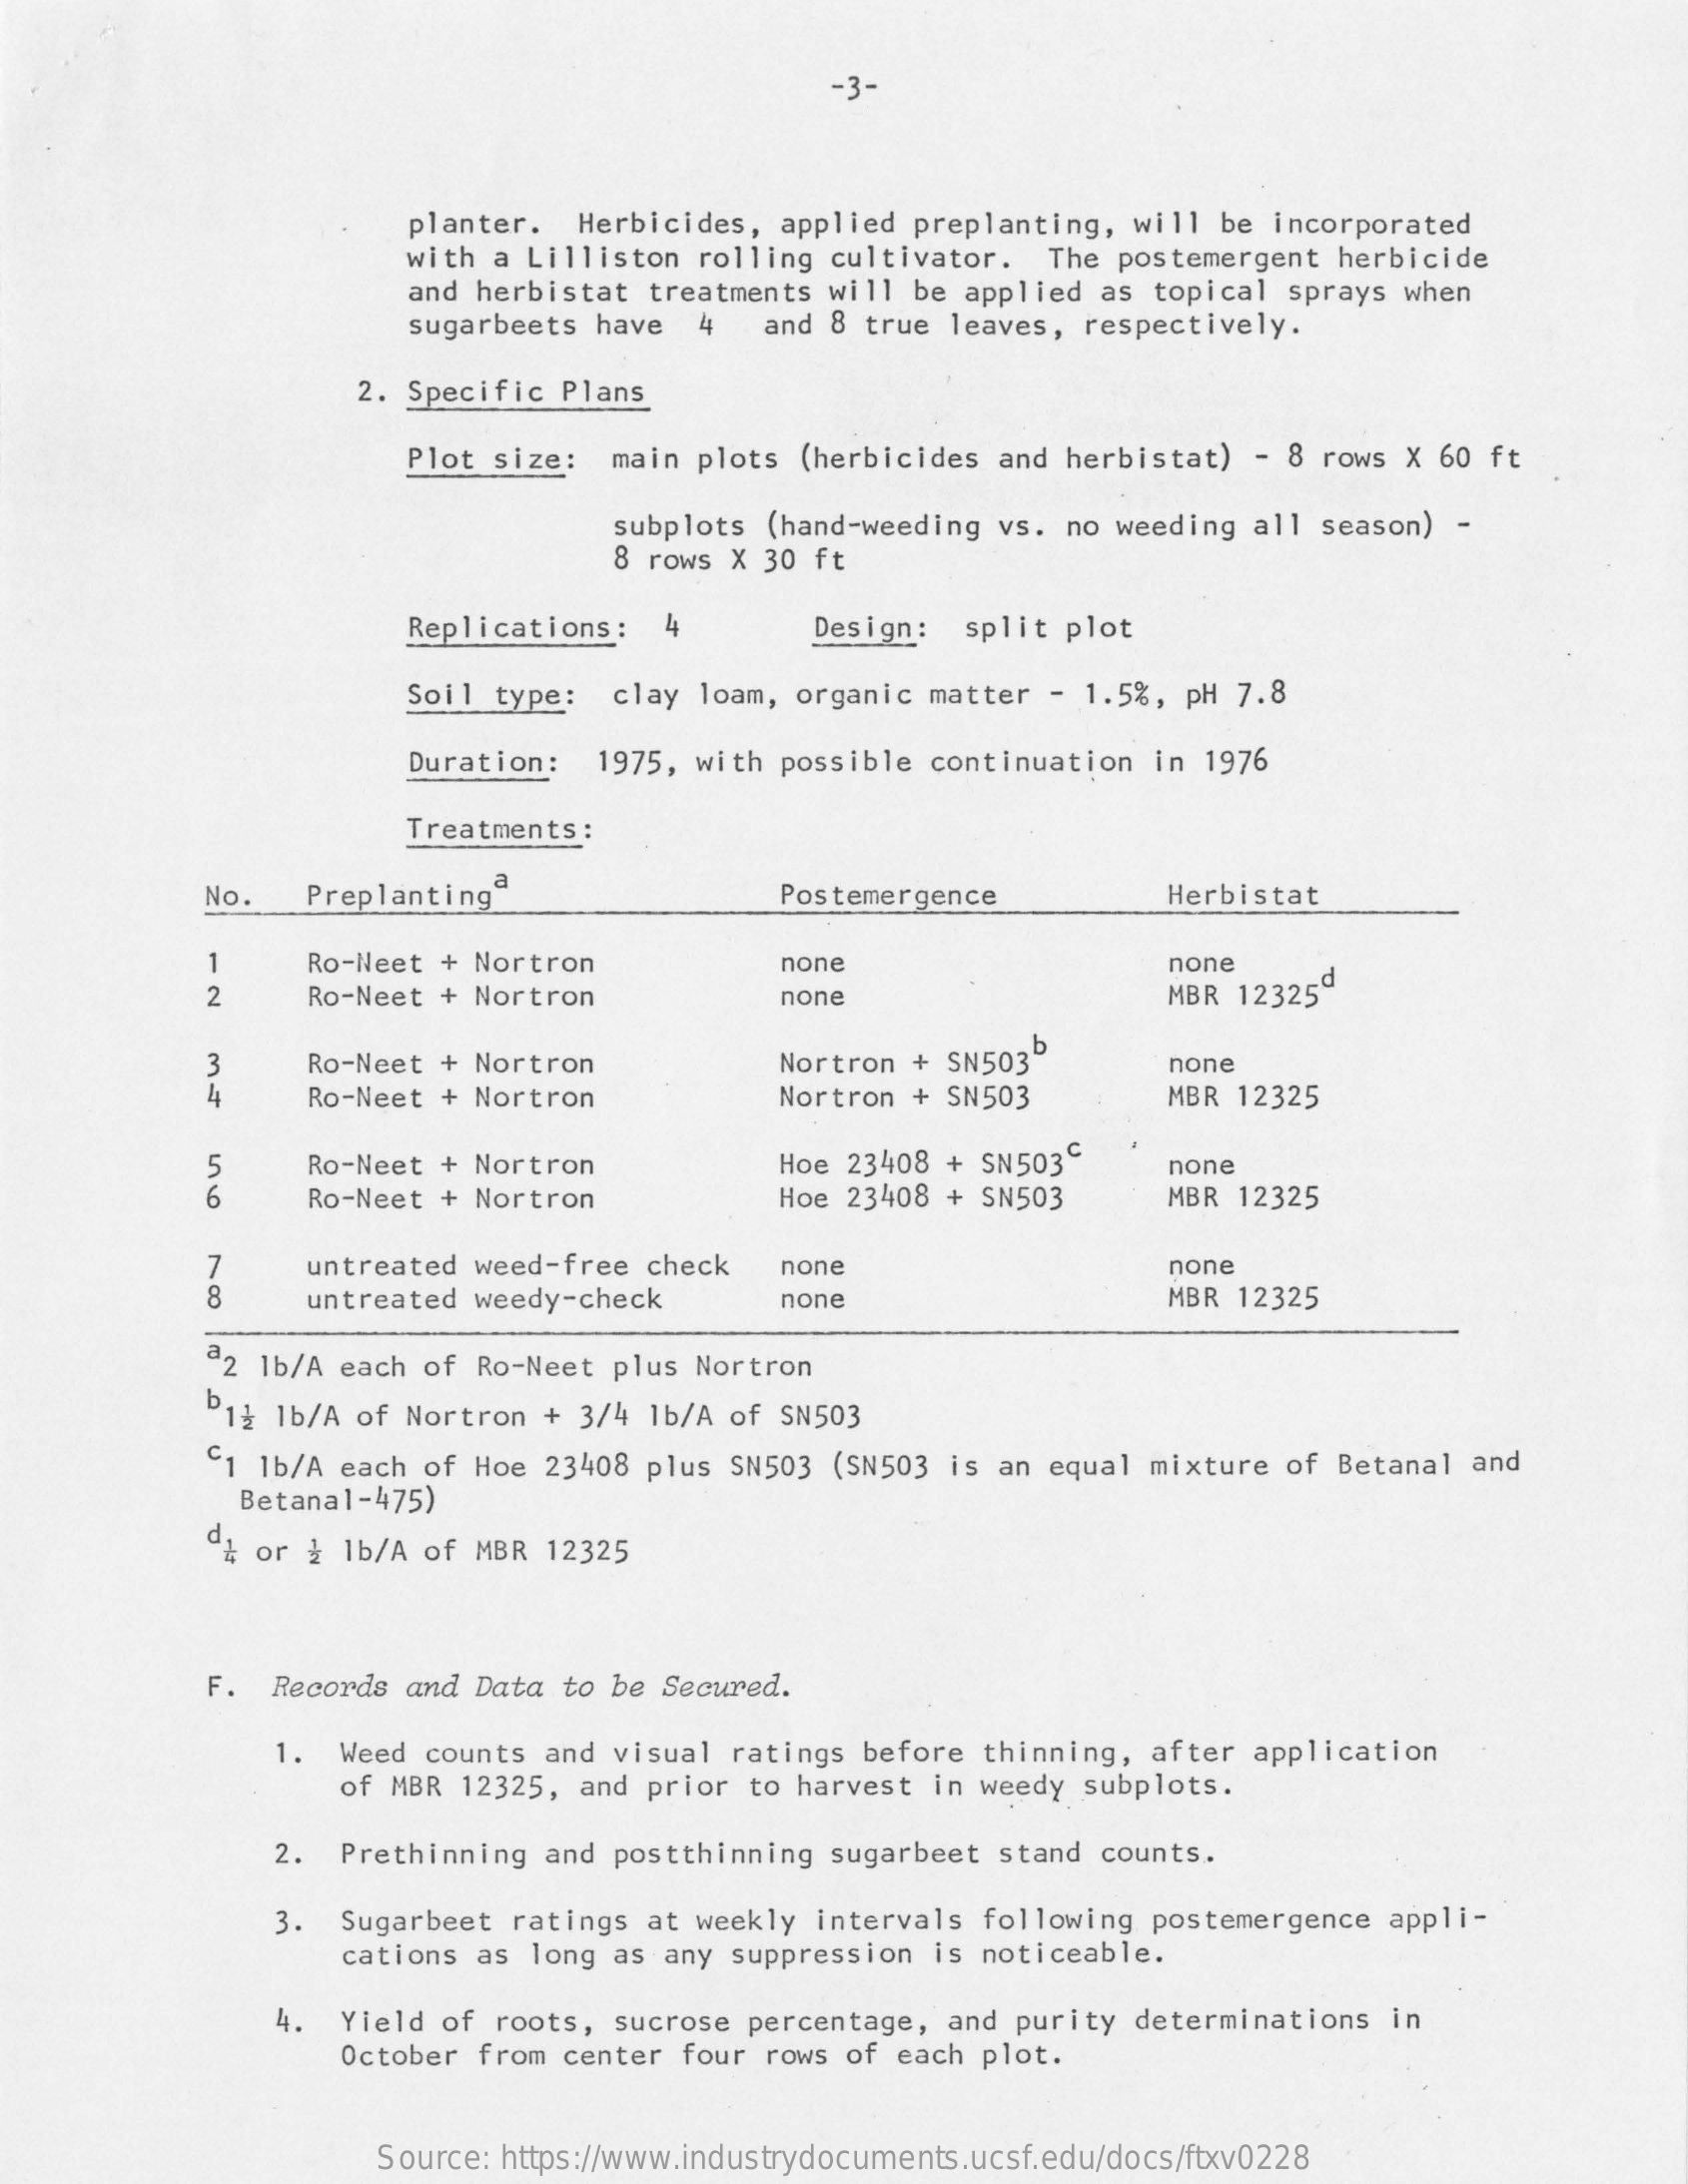
-3-
     planter. Herbicides, applied preplanting, will be incorporated
     with a Lilliston rolling cultivator. The postemergent herbicide
     and herbistat treatments will be applied as topical sprays when
     sugarbeets have 4 and 8 true leaves, respectively.
     2. Specific Plans
     Plot size: main plots (herbicides and herbistat) - 8 rows X 60 ft
     subplots (hand-weeding vs. no weeding all season) -
     8 rows × 30 ft
     Replications: 4    Design: split plot
     Soil type: clay loam, organic matter - 1.5%, pH 7.8
     Duration: 1975, with possible continuation in 1976
     Treatments:
     No.  Preplanting
     ,a    Postemergence    Herbistat
     -
     Ro-Neet + Nortron    none    none
     2    Ro-Neet + Nortron    none    MBR 12325ª
     3    Ro-Neet + Nortron    Nortron + SN5035    none
     Ro-Neet + Nortron    Nortron + SN503    MBR 12325
     Ro-Neet + Nortron    Hoe 23408 + SN503C
     6
     none
     Ro-Neet + Nortron    Hoe 23408 + SN503   MBR 12325
     7    untreated weed-free check none    none
     8    untreated weedy-check    none    MBR 12325
     32 1b/A each of Ro-Neet plus Nortron
     D13 1b/A of Nortron + 3/4 1b/A of SN503
     C1 1b/A each of Hoe 23408 plus SN503 (SN503 is an equal mixture of Betanal and
     Betana1-475)
     d; or à 1b/A of MBR 12325
     F. Records and Data to be Secured.
     1. Weed counts and visual ratings before thinning, after application
     of MBR 12325, and prior to harvest in weedy subplots.
     2. Prethinning and postthinning sugarbeet stand counts.
     3. Sugarbeet ratings at weekly intervals following postemergence appli-
     cations as long as any suppression is noticeable.
     4. Yield of roots, sucrose percentage, and purity determinations in
     October from center four rows of each plot.
     Source: https://www.industrydocuments.ucsf.edu/docs/ftxv0228